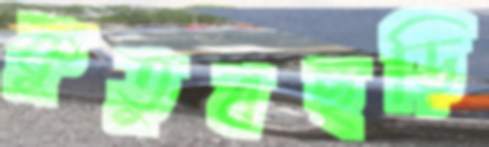
কুতুবছড়ি